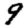
Digit: 9